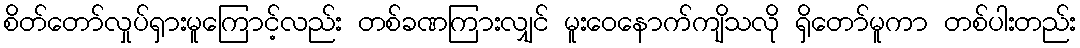
စိတ်တော်လှုပ်ရှားမူကြောင့်လည်း တစ်ခဏကြားလျှင် မူးဝေနောက်ကျိသလို ရှိတော်မူကာ တစ်ပါးတည်း